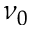
\nu _ { 0 }